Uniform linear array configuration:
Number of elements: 12
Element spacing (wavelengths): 0.5
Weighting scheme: binomial
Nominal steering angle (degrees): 45
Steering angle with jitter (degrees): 44.785
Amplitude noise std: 0.05
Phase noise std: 0.05

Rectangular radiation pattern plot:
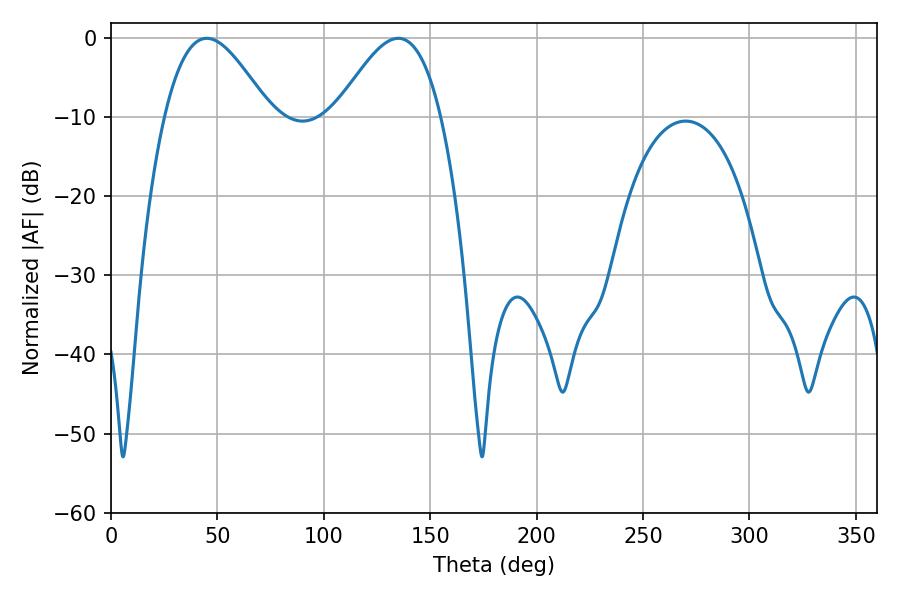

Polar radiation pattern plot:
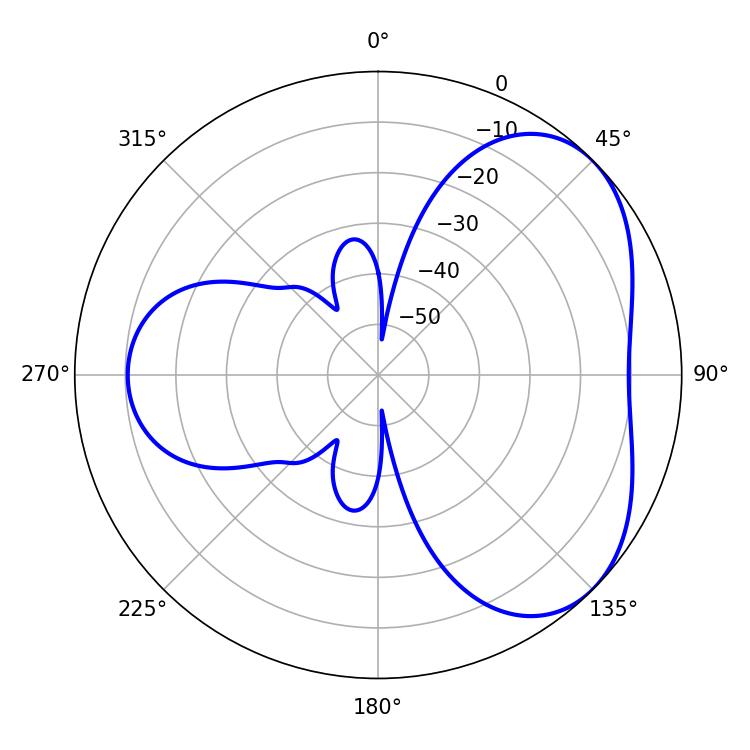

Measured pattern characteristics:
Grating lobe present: FALSE
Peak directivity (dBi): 4.39
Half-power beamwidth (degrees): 26.64
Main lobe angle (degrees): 45